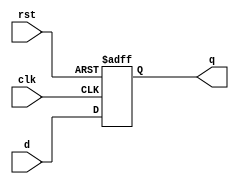
module DFF
#(parameter width = 32)
(
input clk,rst,
input signed[width-1:0] d,
output reg signed [width-1:0] q 
);
    
always@ (posedge clk, posedge rst)
    if(rst)
        q<=0;
    else
        q<=d;
endmodule